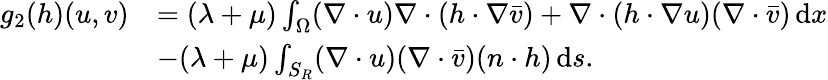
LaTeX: \begin{array}{rl}{g_{2}(h)(u,v)}&{=(\lambda+\mu)\int_{\Omega}(\nabla\cdot u)\nabla\cdot(h\cdot\nabla\bar{v})+\nabla\cdot(h\cdot\nabla u)(\nabla\cdot\bar{v})\, \mathrm{d}x}\\ &{-(\lambda+\mu)\int_{S_{R}}(\nabla\cdot u)(\nabla\cdot\bar{v})(n\cdot h)\, \mathrm{d}s.}\end{array}